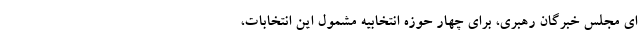
ای مجلس خبرگان رهبری، برای چهار حوزه انتخابیه مشمول این انتخابات،